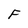
Character: F